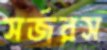
সর্জরস